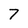
Character: 7